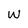
Character: W